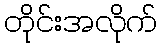
တိုင်းအလိုက်